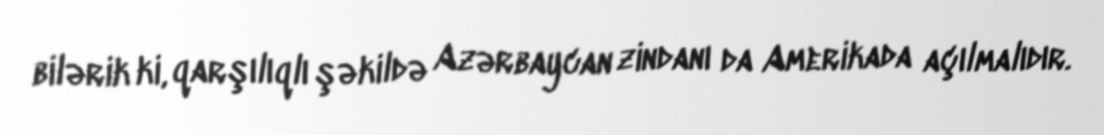
bilərik ki, qarşılıqlı şəkildə Azərbaycan zindanı da Amerikada açılmalıdır.